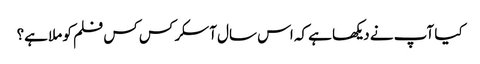
کیا آپ نے دیکھا ہے کہ اس سال آسکر کس کس فلم کو ملا ہے؟